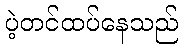
ပဲ့တင်ထပ်နေသည်